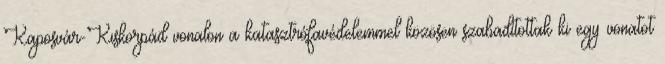
Kaposvár-Kiskorpád vonalon a katasztrófavédelemmel közösen szabadítottak ki egy vonatot